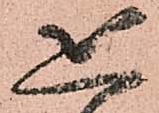
恐